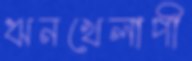
ঋনখেলাপী